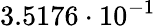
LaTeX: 3.5176\cdot 10^{-1}